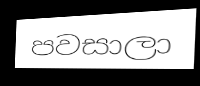
පවසාලා